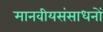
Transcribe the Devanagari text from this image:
मानवीयसंसाधनों